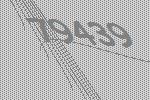
79439